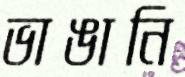
ভাঙানি